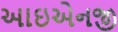
આઇએનજી